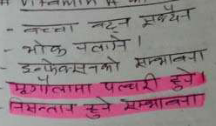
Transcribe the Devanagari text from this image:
बच्चा नटुन सुक्ने
भोक नलाग्ने ।
इन्फेकसनको सम्भावना
मृगौलामा पल्थरी हुने।
निसन्तान हुने सम्भावना